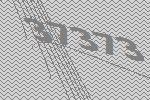
37373